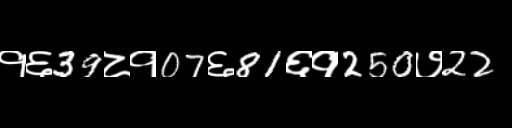
Text: १६39८१07६81६१250७22